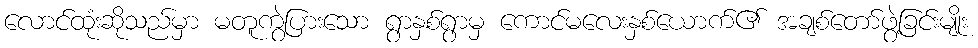
လောင်ထုံးဆိုသည်မှာ မတူကွဲပြားသော ရွာနှစ်ရွာမှ ကောင်မလေးနှစ်ယောက်၏ အချစ်တော်ဖွဲ့ခြင်းမျိုး